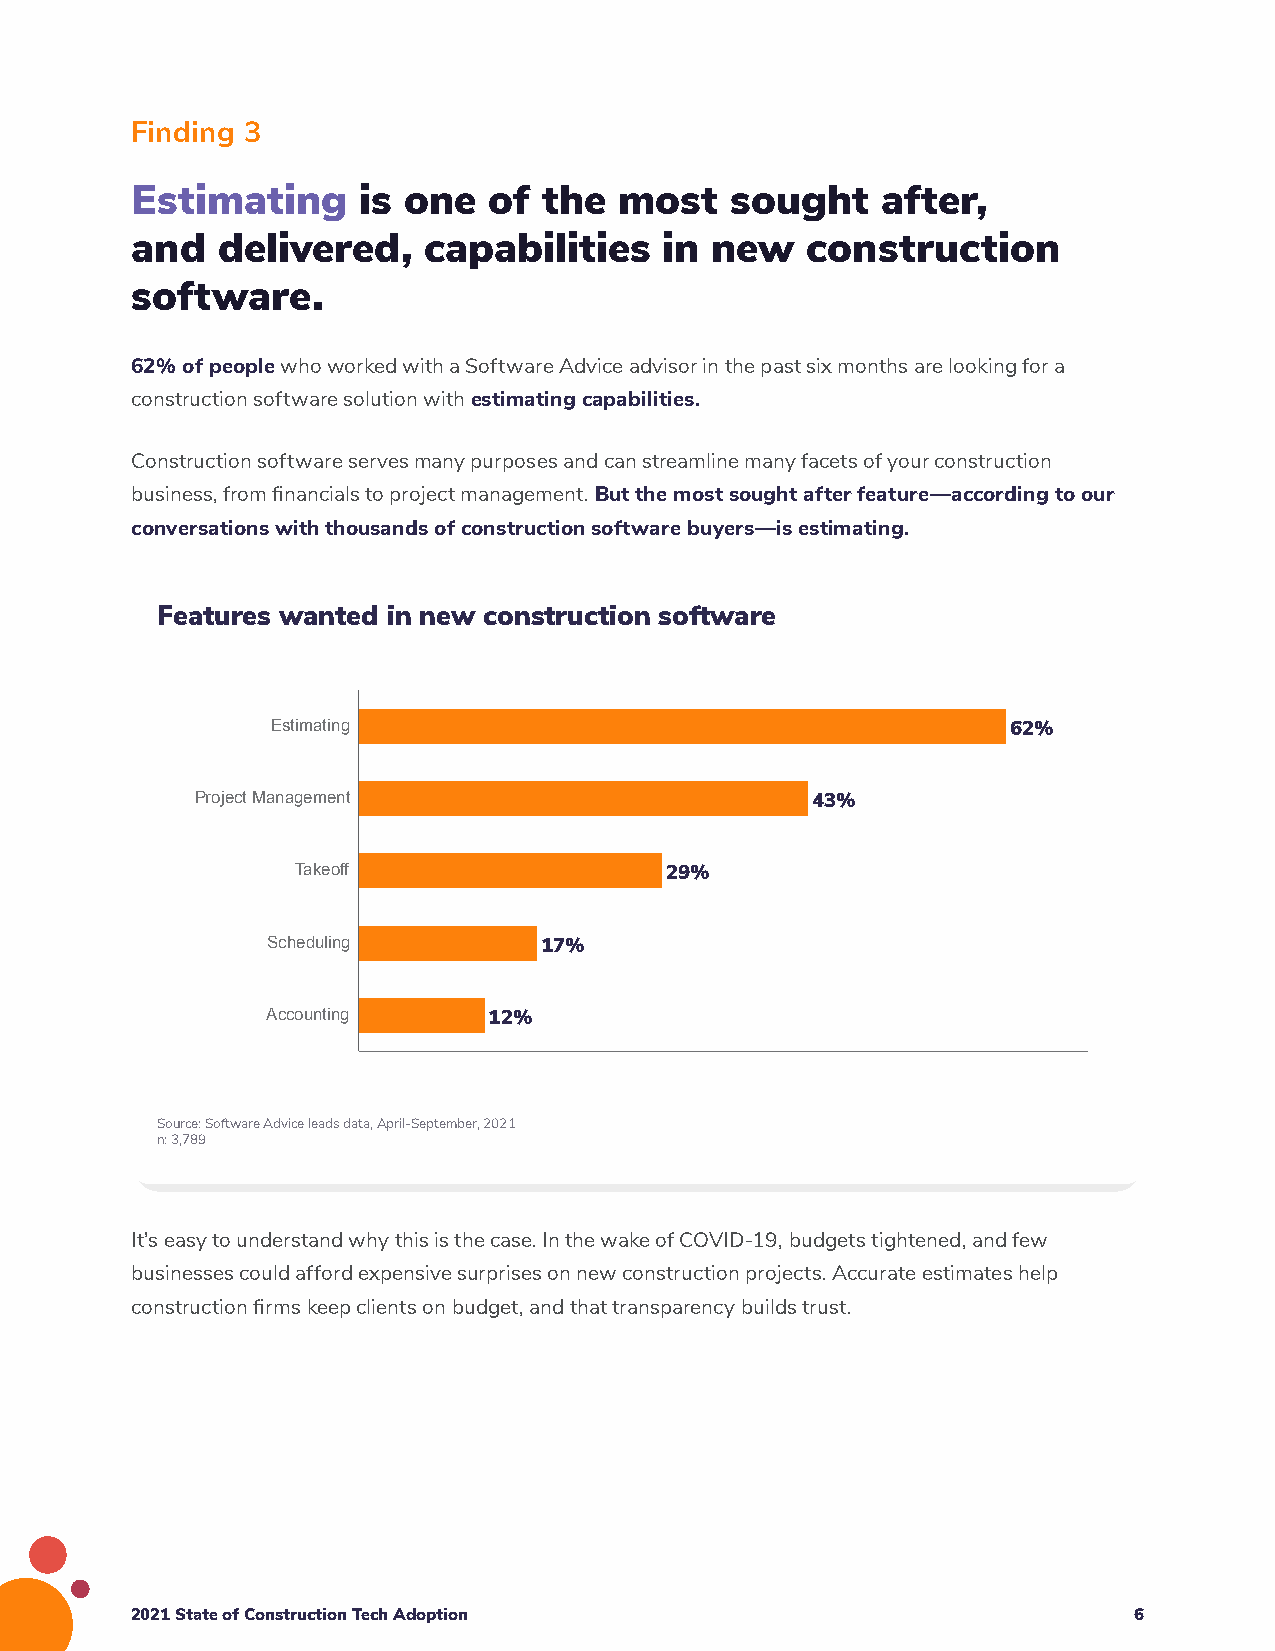
Finding 3
 Estimating     is one  of  the  most   sought    after,
 and  delivered,    capabilities    in new   construction
 software.
 62% of people who worked with a Software Advice advisor in the past six months are looking for a
 construction software solution with estimating capabilities.
 Construction software serves many purposes and can streamline many facets of your construction
 business, from financials to project management. But the most sought after feature—according to our
 conversations with thousands of construction software buyers—is estimating.
 Features wanted in new construction software
 Estimating                                       62%
 Project Management                       43%
 Takeoff                 29%
 Scheduling        17%
 Accounting    12%
 Source: Software Advice leads data, April-September, 2021
 n: 3,789
 It’s easy to understand why this is the case. In the wake of COVID-19, budgets tightened, and few
 businesses could afford expensive surprises on new construction projects. Accurate estimates help
 construction firms keep clients on budget, and that transparency builds trust.
 2021 State of Construction Tech Adoption                          6